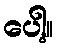
ပေါ့။